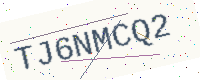
Text: TJ6NMCQ2